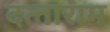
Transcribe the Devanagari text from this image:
दत्‍ताराम